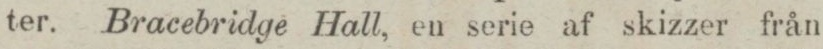
ter. Bracebridge Hall, en serie af skizzer från